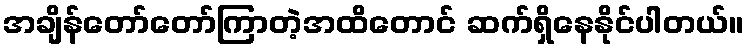
အချိန်တော်တော်ကြာတဲ့အထိတောင် ဆက်ရှိနေနိုင်ပါတယ်။